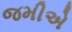
જમીએ